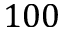
1 0 0